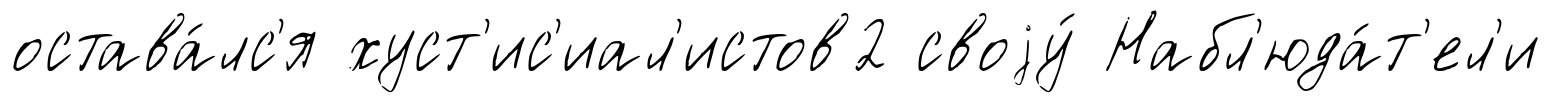
остава́лс'я хуст'ис'иал'истов2 своjу́ Набл'юда́т'ел'и